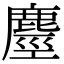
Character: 𪊵